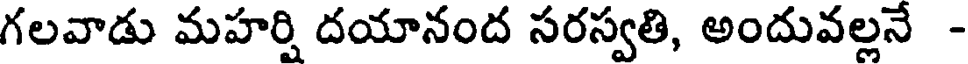
గలవాడు మహర్షి దయానంద సరస్వతి, అందువల్లనే -